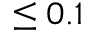
\leq 0 . 1